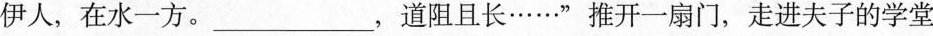
伊人，在水一方。___，道阻且长……”推开一扇门，走进夫子的学堂